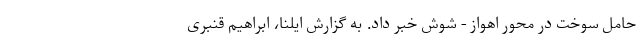
حامل سوخت در محور اهواز - شوش خبر داد. به گزارش ایلنا، ابراهیم قنبری